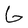
Character: G